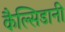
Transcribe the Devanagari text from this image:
कैल्सिडानी